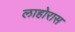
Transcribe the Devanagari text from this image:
लाहोरास